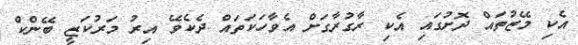
އެކި މޭޒުތައް ދޮށުގައި އެކި ރާގުރާގަށް އެވާހަކަތައް ދެކެވޭ އިރު މަރުކަޒީ ބޭންކް